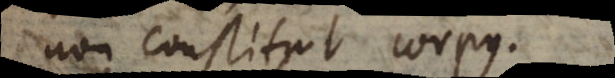
non constituit corpus.